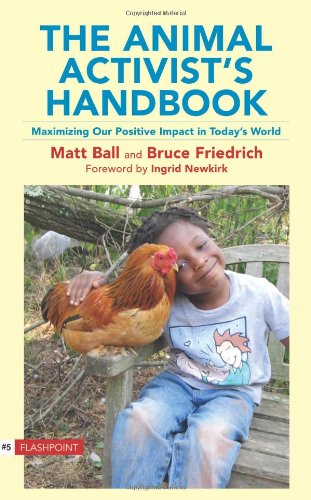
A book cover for The Animal Activist's Handbook: Maximizing Our Positive Impact in Today's World (Flashpoint (Lantern)); Matt Ball; Science & Math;